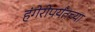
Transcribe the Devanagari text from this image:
हंगेरीपर्यंतच्या